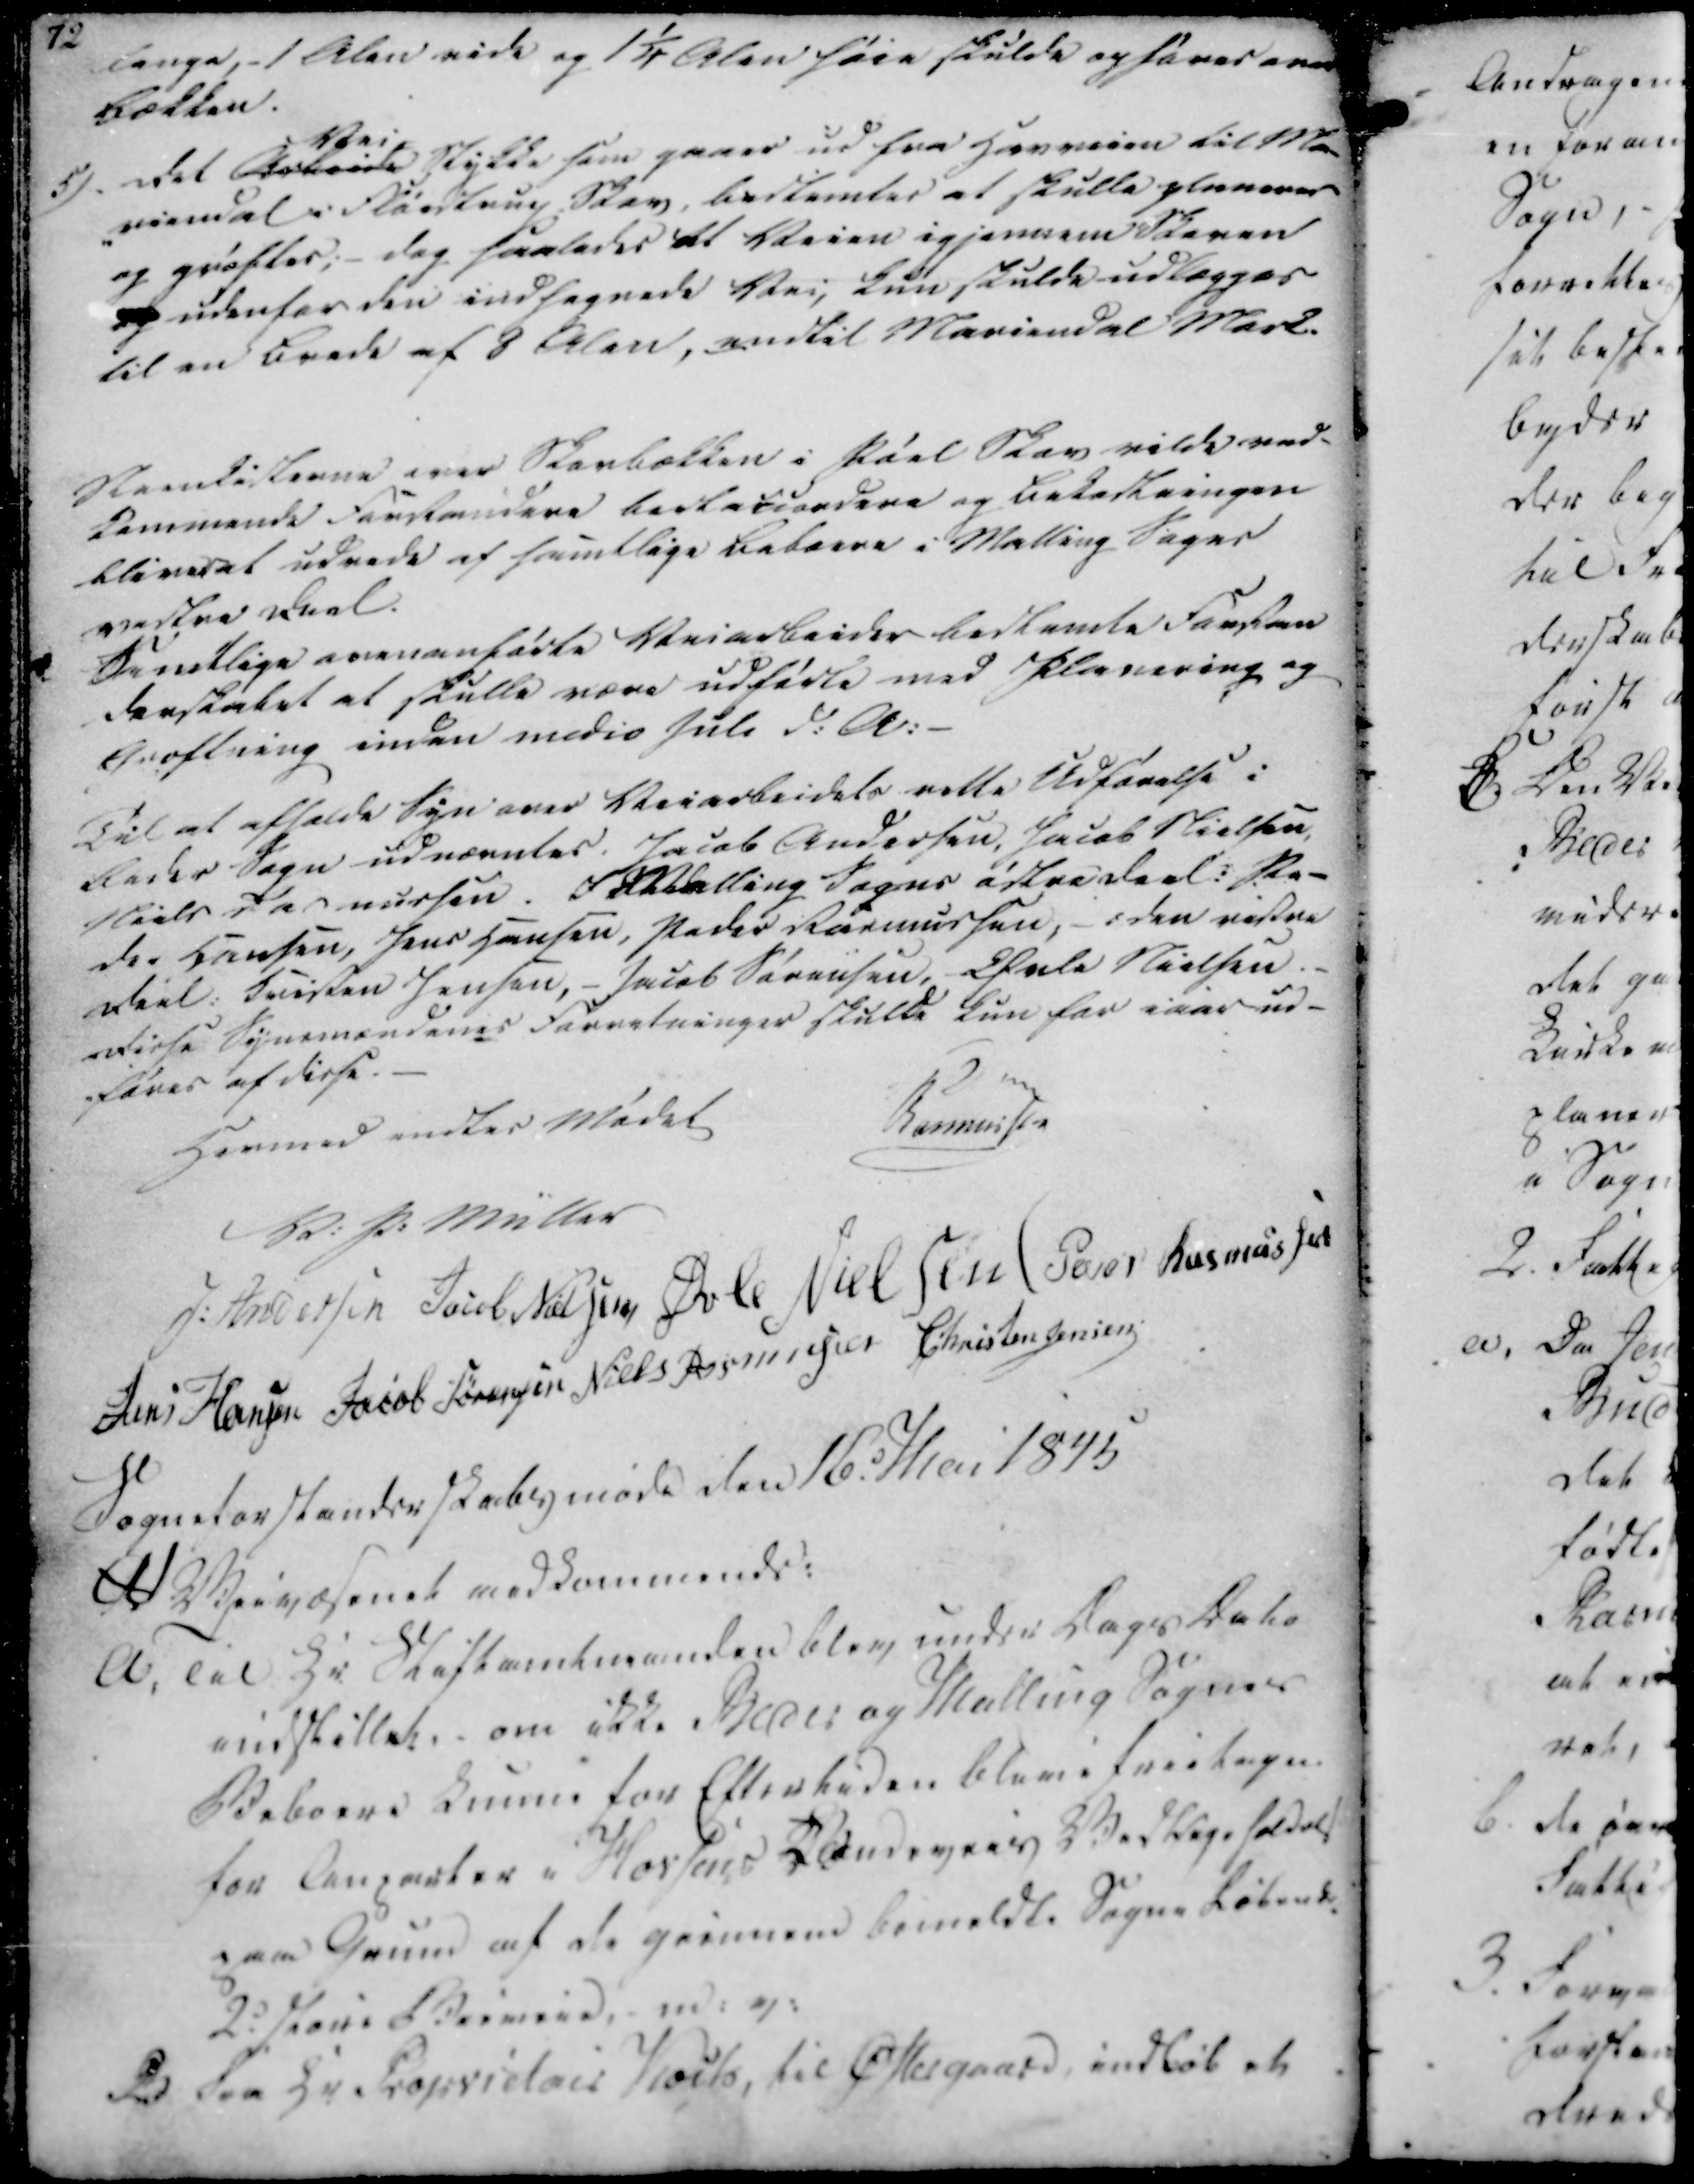
Transskription:
lange,- 1 Alen vide og 1¼ Alen høie skulde ophøres over
Bækken.

5).

det Arbeide
Vei
Stykke som gaaer ud fra Havveien til Ma-
-riendal i Fløistrup Skov, bestemtes at skulle planeres
og grøftes, - dog saaledes at Veien igjennem Skoven
og udenfor den indhegnede Vei, kun skulde udlægges
til en brede af 8 Alen, endtil Mariendal Mark.

Steenkisterne over Skovbækken i Pøel Skov vilde ved-
kommende Forstandere bortaccordere og Bekostningen
bliver at udrede af samtlige Beboere i Malling Sogns
vestre Deel.
Samtlige ovenanførte Veiarbeider bestemte Forstan
derskabet at skulle være udførte med Plavering og
Grøftning inden medio Juli d.A.

Til at afholde Syn over Veiarbeidets rette Udførelse i
Beder Sogn udnævntes. Jacob Andersen, Jacob Nielsen,
Niels Rasmussen. I Malling Sogns østre Deel: Pe-
der Hansen, Jens Hansen, Peder Rasmussen, - i den vestre
Deel: Kristen Jensen, - Jacob Sørensen, Efule Nielsen.
Disse Synsmændenes Forretninger skulle kun for iaar ud-
-føres af disse.

Hermed endtes Mødet

Rasmussen
V. P. Müller
J. Andersen 
Jacob Nielsen
Øvle Nielsen
Peder Rasmussen
Jens Hansen
Jacob Sørensen
Niels Rasmussen
Christen Jensen

Sogneforstanderskabsmøde den 16d Mai 1845

A Veivæsenet vedkommends:

A.

Til Hr. Stiftamtmanden blev under Dags Dato
indstillet - om ikke Beder og Malling Sognes
Beboere kunne for Eftertiden bleve fritagne
for Anparter i Horsens Kendevees Vedligeholdes
paa Grund af de giennem bemeldte Sogne Løbende.
2: Stors Barmand, - m. v.

2

Fra Hr. Proprietair Koits, til Østergaard, indløb et